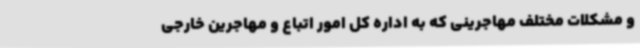
و مشکلات مختلف مهاجرینی که به اداره کل امور اتباع و مهاجرین خارجی